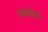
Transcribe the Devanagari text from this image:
यायोगे